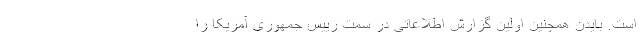
است. بایدن همچنین اولین گزارش اطلاعاتی در سمت رییس جمهوری آمریکا را